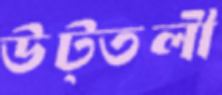
উট্তলী